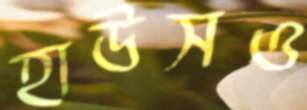
হাউসও